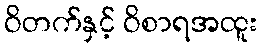
ဝိတက်နှင့် ဝိစာရအထူး